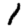
Digit: 1